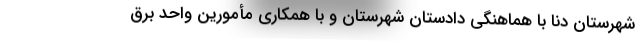
شهرستان دنا با هماهنگی دادستان شهرستان و با همکاری مأمورین واحد برق